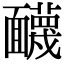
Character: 䩏